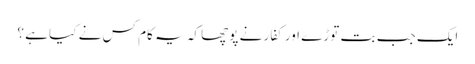
ایک جب بت توڑے اور کفار نے پوچھا کہ یہ کام کس نے کیا ہے ؟